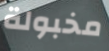
مخبولة